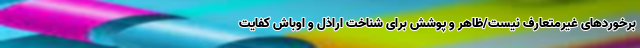
برخوردهای غیرمتعارف نیست/ظاهر و پوشش برای شناخت اراذل و اوباش کفایت